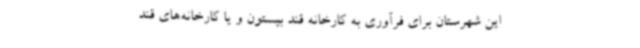
این شهرستان برای فرآوری به کارخانه قند بیستون و یا کارخانه‌های قند